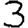
Digit: 3